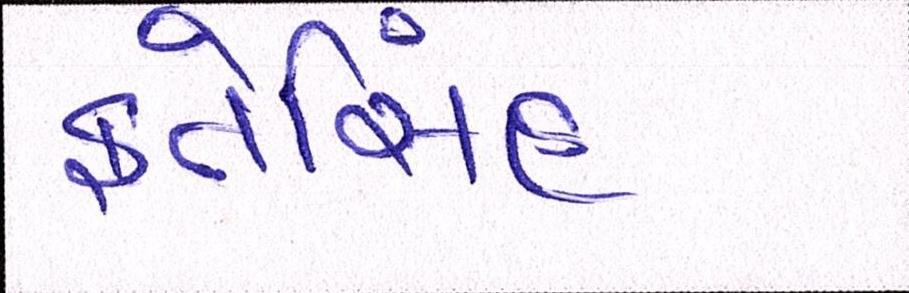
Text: ફતેસિંહ